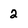
Character: 2